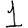
Digit: 1